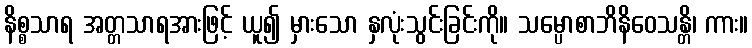
နိစ္စသာရ အတ္တသာရအားဖြင့် ယူ၍ မှားသော နှလုံးသွင်းခြင်းကို။ သမ္ပောစာဘိနိဝေသန္တိ၊ ကား။